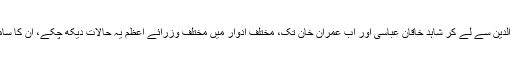
خواجہ نظام الدین سے لے کر شاہد خاقان عباسی اور اب عمران خان تک، مختلف ادوار میں مختلف وزرائے اعظم یہ حالات دیکھ چکے، ان کا سامنا کرچکے۔